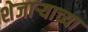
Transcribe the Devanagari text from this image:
शेजार्‍याच्या